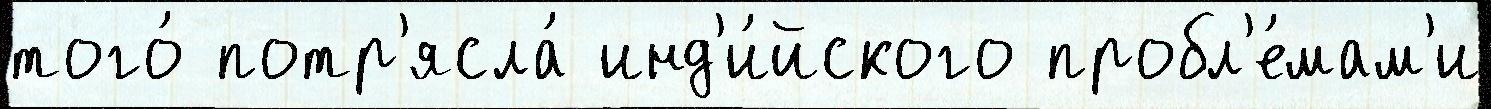
того́ потр'ясла́ инд'и́йского пробл'е́мам'и